Scientific memoirs by medical officers of the Army of India - Part X,
Year: 1897
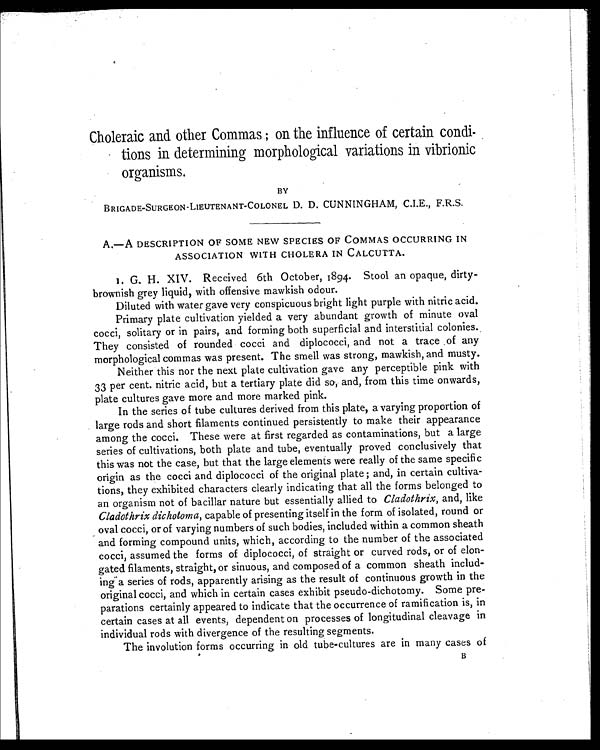
Choleraic and other Commas ; on the influence of certain condi
- t i o n s i n d e t e r m i n i n g m o r p h o l o g i c a l v a r i a t i o n s i n v i b r i o n i c
organisms.
BY
BRIGADE-SURGEON-LIEUTENANT-COLONEL D. D. CUNNINGHAM, C.I.E., F.R.S.
A.—A DESCRIPTION OF SOME NEW SPECIES OF COMMAS OCCURRING IN
ASSOCIATION WITH CHOLERA IN CALCUTTA.
I. G. H. XIV. Received 6th October, 1894. Stool an opaque, dirty-
brownish grey liquid, with offensive mawkish odour.
Diluted with water gave very conspicuous bright light purple with nitric acid.
Primary plate cultivation yielded a very abundant growth of minute oval
cocci, solitary or in pairs, and forming both superficial and interstitial colonies..
They consisted of rounded cocci and diplococci, and not a trace ,of any
morphological commas was present. The smell was strong, mawkish, and musty.
Neither this nor the next plate cultivation gave any perceptible pink with
33 per cent. nitric acid, but a tertiary plate did so, and, from this time onwards,
plate cultures gave more and more marked pink.
In the series of tube cultures derived from this plate, a varying proportion of
large rods and short filaments continued persistently to make their appearance
among the cocci. These were at first regarded as contaminations, but a large
series of cultivations, both plate and tube, eventually proved conclusively that
this was not the case, but that the large elements were really of the same specific
origin as the cocci and diplococci of the original plate and, in certain cultiva
-tions, they exhibited characters clearly indicating that all the forms belonged to
an organism not of bacillar nature but essentially allied to Cladothrix, and, like
Cladothrix dichotoma, capable of presenting itself in the form of isolated, round or
oval cocci, or of varying numbers of such bodies, included within a common sheath
and forming compound units, which, according to the number of the associated
cocci, assumed the forms of diplococci, of straight or curved rods, or of elon
-gated filaments, straight, or sinuous, and composed of a common sheath includ-
inga series of rods, apparently arising as the result of continuous growth in the
original cocci, and which in certain cases exhibit pseudo-dichotomy. Some pre-
parations certainly appeared to indicate that the occurrence of ramification is, in
certain cases at all events, dependent on processes of longitudinal cleavage in
individual rods with divergence of the resulting segments.
The involution forms occurring in old tube-cultures are in many cases of
B